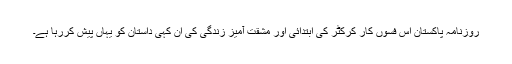
روزنامہ پاکستان اس فسوں کار کرکٹر کی ابتدائی اور مشقت آمیز زندگی کی ان کہی داستان کو یہاں پیش کررہا ہے۔